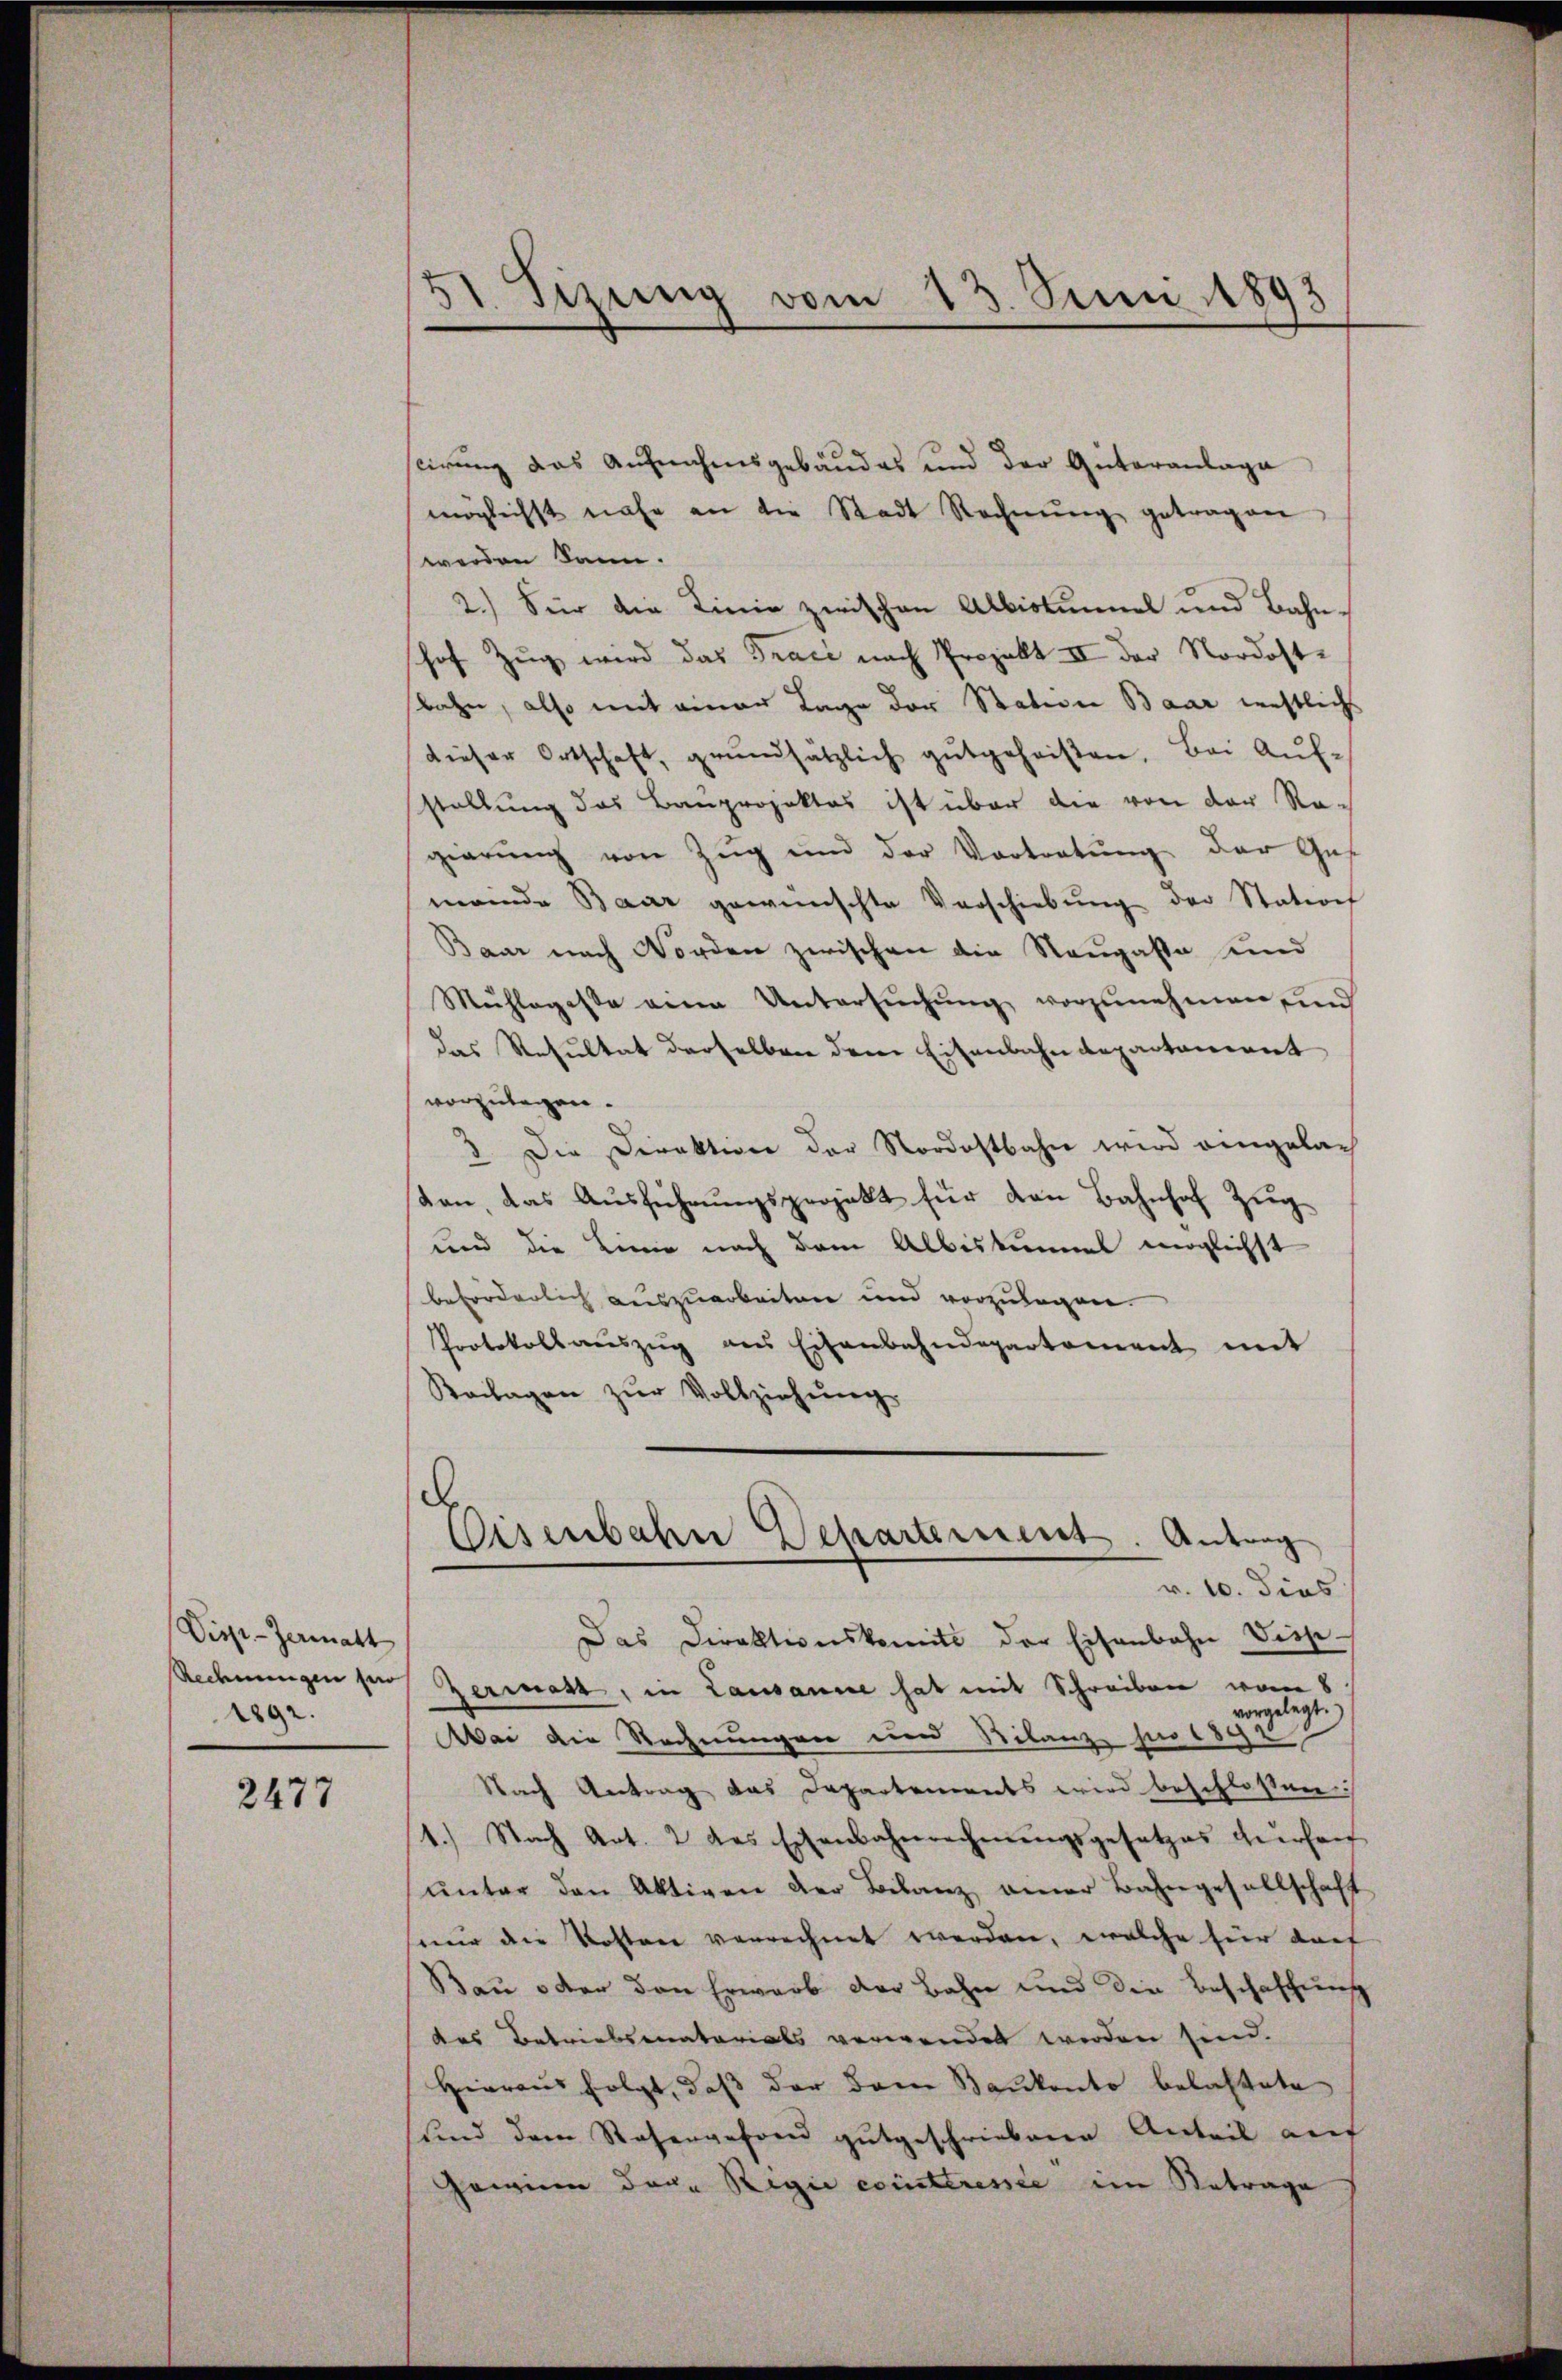
Viss-Zenmatt
2892.

2477

51. Sizung vom 13. Juni 1893

scirung das Aufnahmsgebäudes und der Güteranlage
möglichst nahe an die Stadt Rechnŭng getragen,
werden kann.
2.) Seir die Linie zwischen Albistumel und Bahnshof Zŭg wird das Trace nach Projekt II der Nordostbahn, also mit einer Tage der Station Baar leistlichs
dieser Ortschaft, grundsätzlich gutgeheisten. Bei Auf-
stellung das Bauprojektes ist über die von der Re-
gierŭng von Zŭg und der Vortretŭng der Ges
meinde Baar gewünschte Verschiebŭng der Station
Baar nach Norden zwischen die Neugasse und
Mühlegesse eine Untersŭchŭng vorzunehmen, und
das Resultat derselben dem Eisenbahndepartement
vorzulegen.
3. Die Direktion der Nordostbahn wird eingelach
ton, das Aŭsführŭngsprojekt für den Bahnhof Zug
und die Linie nach dem Albiskommt möglichst
beförderlich auszuarbeiten und vorzulegen.
Protokoll aŭszŭg ans Eisenbahndepartement mit
Keilagen zŭr Vollziehŭng

Eisenbahn Departement. Antrag
v. 10. dies

Das Direktionskomit der Eisenbahn Disp.
Rechnungen ses Zermast, in Lausanne hat mit Schreiben von 8
vorgelegt.
Mai die Rechnungen und Bilanze für 1892
Nach Antrag das Departements wird beschloßen:
1.) Nach Art. 2 des Eisenbahnrechnŭngsgesetzes zuerhan
ŭnter den Aktigen der Bilanz einer Bahngesellschaft
nur die Kosten verrechnet werden, welche für darf
Bau oder den Erwarb der Bahn und die Beschaffung
das Betriebsenatorials verwendet werden sind.
Hieraus folgt, daß der dem Baukonto belastete
sind dem Rosengesand gutgeschriebene Anteil auf
Gewinn der Regii cointtresse im Betrage